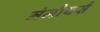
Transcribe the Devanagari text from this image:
मेमौयर्स